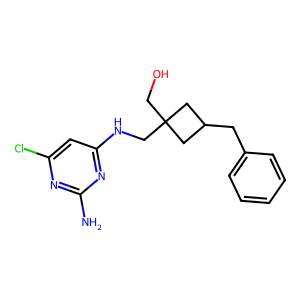
SMILES: Nc1nc(Cl)cc(NCC2(CO)CC(Cc3ccccc3)C2)n1
Inhibits HIV replication: No